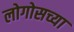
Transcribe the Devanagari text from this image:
लोगोसच्या